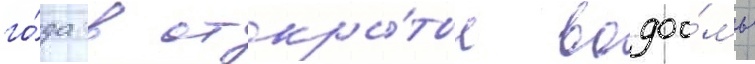
го́да в откры́тые водоо́мы